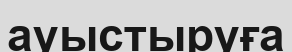
ауыстыруға